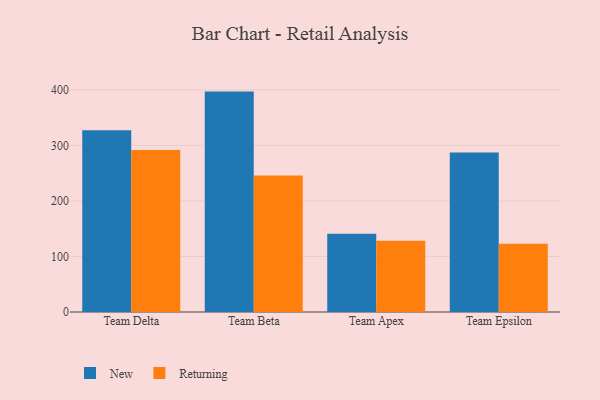
{"axis": {"x": "Team", "y": "Bounce Rate (%)"}, "legend": ["New", "Returning"], "data": [{"x": "Team Delta", "y": 327.1, "type": "New"}, {"x": "Team Delta", "y": 291.8, "type": "Returning"}, {"x": "Team Beta", "y": 396.9, "type": "New"}, {"x": "Team Beta", "y": 245.6, "type": "Returning"}, {"x": "Team Apex", "y": 140.9, "type": "New"}, {"x": "Team Apex", "y": 128.4, "type": "Returning"}, {"x": "Team Epsilon", "y": 287.2, "type": "New"}, {"x": "Team Epsilon", "y": 122.8, "type": "Returning"}]}